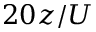
2 0 z / U